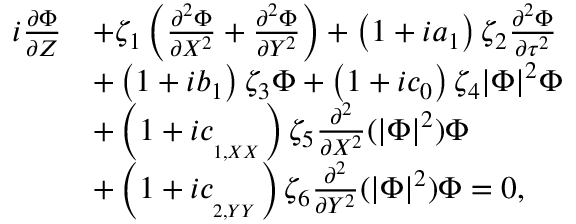
\begin{array} { r l } { i \frac { \partial \Phi } { \partial Z } } & { + \zeta _ { 1 } \left( \frac { \partial ^ { 2 } \Phi } { \partial X ^ { 2 } } + \frac { \partial ^ { 2 } \Phi } { \partial Y ^ { 2 } } \right) + \left( 1 + i a _ { 1 } \right) \zeta _ { 2 } \frac { \partial ^ { 2 } \Phi } { \partial \tau ^ { 2 } } } \\ & { + \left( 1 + i b _ { 1 } \right) \zeta _ { 3 } \Phi + \left( 1 + i c _ { 0 } \right) \zeta _ { 4 } | \Phi | ^ { 2 } \Phi } \\ & { + \left( 1 + i c _ { _ { _ { 1 , X X } } } \right) \zeta _ { 5 } \frac { \partial ^ { 2 } } { \partial X ^ { 2 } } ( | \Phi | ^ { 2 } ) \Phi } \\ & { + \left( 1 + i c _ { _ { _ { 2 , Y Y } } } \right) \zeta _ { 6 } \frac { \partial ^ { 2 } } { \partial Y ^ { 2 } } ( | \Phi | ^ { 2 } ) \Phi = 0 , } \end{array}